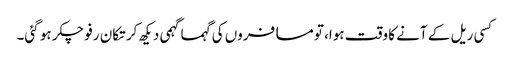
کسی ریل کے آنے کا وقت ہوا، تو مسافروں کی گہماگہمی دیکھ کر تکان رفو چکر ہو گئی۔